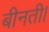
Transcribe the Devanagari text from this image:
बीनती।